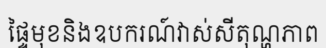
ផ្ទៃមុខនិងឧបករណ៍វាស់សីតុណ្ហភាព